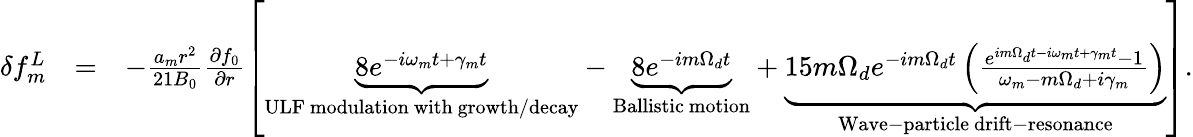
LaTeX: \begin{array}{rlr}{\delta f_{m}^{L}}&{=}&{-\frac{a_{m}r^{2}}{21B_{0}}\frac{\partial f_{0}}{\partial r}\left[\underbrace{8e^{-i\omega_{m}t+\gamma_{m}t}}_{\mathrm{ULF~modulation~with~growth/decay}}-\underbrace{{8}e^{-im\Omega_{d}t}}_{\mathrm{Ballistic~motion}}+\underbrace{15m\Omega_{d}e^{-im\Omega_{d}t}\left(\frac{e^{im\Omega_{d}t-i\omega_{m}t+\gamma_{m}t}-1}{\omega_{m}-m\Omega_{d}+i\gamma_{m}}\right)}_{\mathrm{Wave-particle~drift-resonance}}\right].}\end{array}